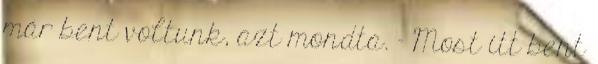
már bent voltunk, azt mondta. - Most itt bent